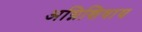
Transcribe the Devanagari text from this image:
अग्निशिवाय